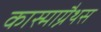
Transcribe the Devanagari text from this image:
कास्माग्नैथस